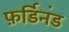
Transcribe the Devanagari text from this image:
फ़र्डिनंड